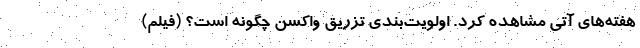
هفته‌های آتی مشاهده کرد. اولویت‌بندی تزریق واکسن چگونه است؟ (فیلم)